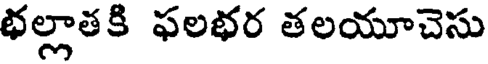
భల్లాతకి ఫలభర తలయూచెసు